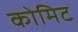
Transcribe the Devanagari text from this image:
कोमिट